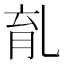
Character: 𠃴